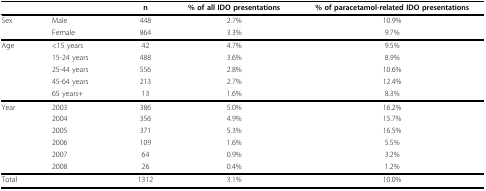
|  |  | n | % of all IDO presentations | % of paracetamol-related IDO presentations |
 | --- | --- | --- | --- | --- |
 | Sex | Male | 448 | 2.7% | 10.9% |
 |  | Female | 864 | 3.3% | 9.7% |
 | Age | <15 years | 42 | 4.7% | 9.5% |
 |  | 15-24 years | 488 | 3.6% | 8.9% |
 |  | 25-44 years | 556 | 2.8% | 10.6% |
 |  | 45-64 years | 213 | 2.7% | 12.4% |
 |  | 65 years+ | 13 | 1.6% | 8.3% |
 | Year | 2003 | 386 | 5.0% | 16.2% |
 |  | 2004 | 356 | 4.9% | 15.7% |
 |  | 2005 | 371 | 5.3% | 16.5% |
 |  | 2006 | 109 | 1.6% | 5.5% |
 |  | 2007 | 64 | 0.9% | 3.2% |
 |  | 2008 | 26 | 0.4% | 1.2% |
 | Total |  | 1312 | 3.1% | 10.0% |